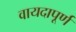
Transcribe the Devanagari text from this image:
वायदापूर्ण